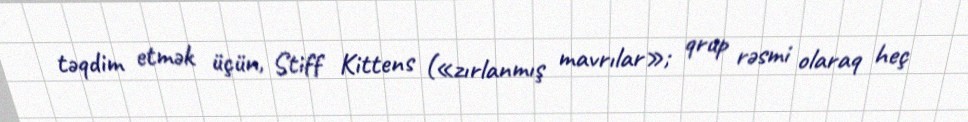
təqdim etmək üçün, Stiff Kittens («zırlanmış mavrılar»; qrup rəsmi olaraq heç